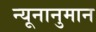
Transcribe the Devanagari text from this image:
न्यूनानुमान